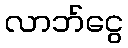
လာဘ်ငွေ